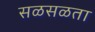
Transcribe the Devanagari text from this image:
सळसळता